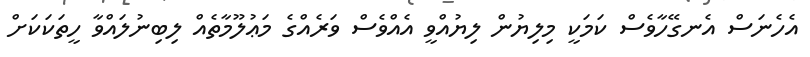
އެހެނަސް އެނގޭހާވެސް ކަމަކީ މިލިޔުން ލިޔުއްވީ އެއްވެސް ވަރެއްގެ މަޢުލޫމާތެއް ލިބިނުލައްވާ ހީތަކަކަށް